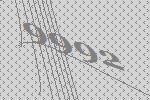
9992